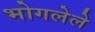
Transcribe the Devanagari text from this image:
भोगलेले